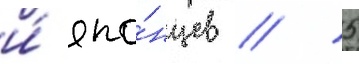
и́ япо́нцев // 5